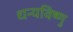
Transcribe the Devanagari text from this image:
धन्यविष्णु